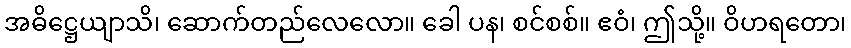
အဓိဋ္ဌေယျာသိ၊ ဆောက်တည်လေလော။ ခေါ ပန၊ စင်စစ်။ ဧဝံ၊ ဤသို့။ ဝိဟရတော၊